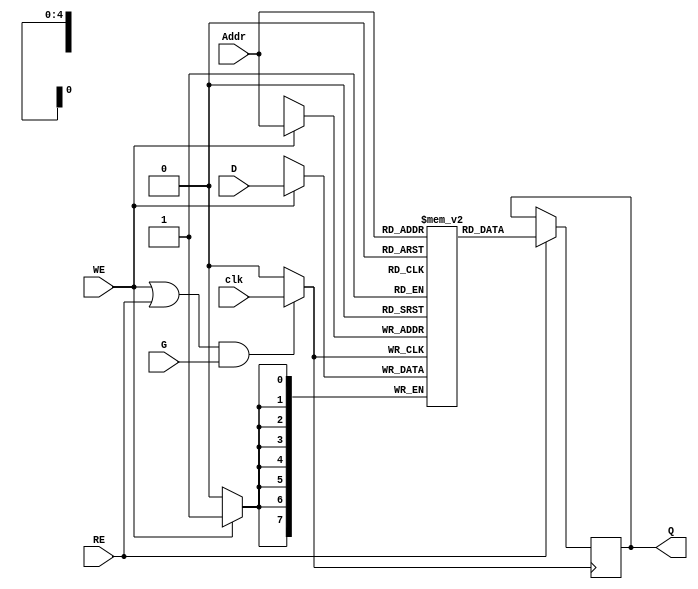
module MemoryBlock (
    input wire [7:0] D,          // Data Input
    input wire [4:0] Addr,       // Address Input (assuming 32 locations)
    input wire WE,               // Write Enable
    input wire RE,               // Read Enable
    input wire clk,              // Main Clock
    input wire G,                // Gating Signal
    output reg [7:0] Q           // Data Output
);

    // Memory Array (32 x 8 bits)
    reg [7:0] memory [0:31];

    // Gated Clock Signal
    wire gated_clk;
    reg clk_enable;

    // Clock Gating Logic
    always @(*) begin
        // Enable the clock if either WE or RE is high
        clk_enable = (WE || RE) && G;
    end

    // Gated Clock Generation
    assign gated_clk = clk_enable ? clk : 1'b0;

    // Read/Write Logic
    always @(posedge gated_clk) begin
        if (WE) begin
            // Write operation
            memory[Addr] <= D;
        end
        if (RE) begin
            // Read operation
            Q <= memory[Addr];
        end
    end

endmodule